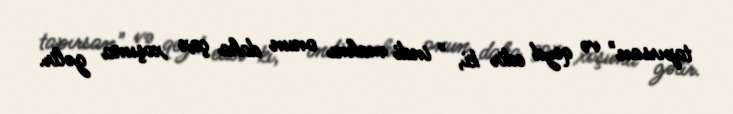
tapırsan" və qeyd edir ki, " indi mahnı onun daha çox xoşuna gəlir.